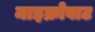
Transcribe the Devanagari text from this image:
माइक्रोवाट